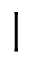
|